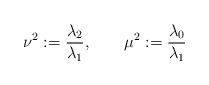
LaTeX: \begin{align*}\nu^2:=\frac{\lambda_2}{\lambda_1},\qquad \mu^2:=\frac{\lambda_0}{\lambda_1}\end{align*}